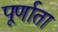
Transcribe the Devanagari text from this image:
पूर्णाता